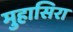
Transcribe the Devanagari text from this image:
मुहासिरा